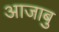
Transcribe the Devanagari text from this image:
आजाबु